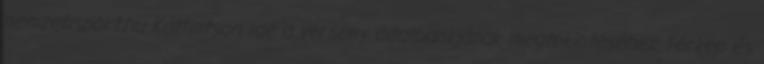
nemzetisport.hu Kattintson ide a verseny adatbankjának megtekintéséhez Térkép és